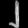
Digit: ၂